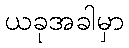
ယခုအခါမှာ